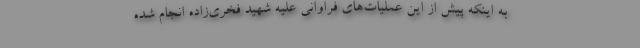
به اینکه پیش از این عملیات‌های فراوانی علیه شهید فخری‌زاده انجام شده